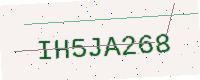
Text: IH5JA268